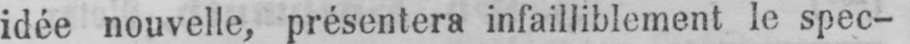
idée nouvelle, présentera infailliblement le spec-